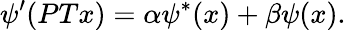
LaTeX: \psi^{\prime}(PTx)=\alpha\psi^{*}(x)+\beta\psi(x).